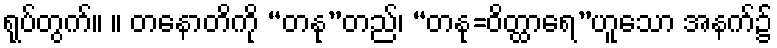
ရုပ်တွက်။ ။ တနောတိကို “တနု”တည်၊ “တနု=ဝိတ္ထာရေ”ဟူသော အနက်၌